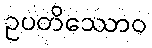
ဥပတိဿောဝ